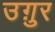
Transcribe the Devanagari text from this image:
उग़ुर